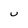
Character: u